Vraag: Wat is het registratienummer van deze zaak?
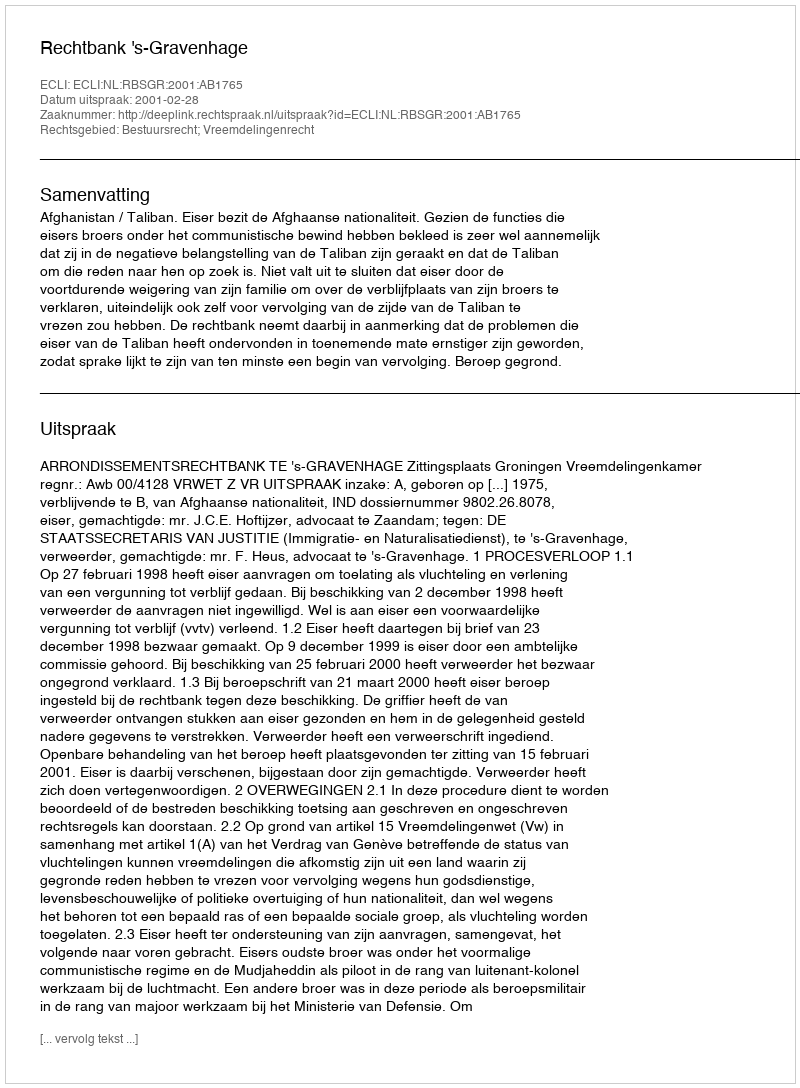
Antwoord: http://deeplink.rechtspraak.nl/uitspraak?id=ECLI:NL:RBSGR:2001:AB1765